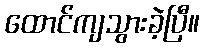
ထောင်ကျသွားခဲ့ပြီ။